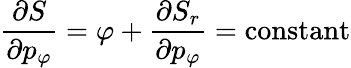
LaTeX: {\frac{\partial S}{\partial p_{\varphi}}}=\varphi+{\frac{\partial S_{r}}{\partial p_{\varphi}}}=\mathrm{constant}